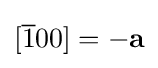
[{\overline {1}}00]=-{\bf {a}}